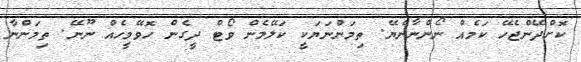
ކޮށްދޭންޖެހޭ ކަމެއް ނޯންނާނެޔޭ. ތިމަންނަޔަކީ ކަލޭމެން ވޯޓް ދީގެން ހޮވޭމީހެއް ނޫނޭ. ތިމަންނާ